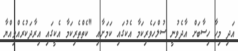
އަދި މިހާ ހިސާބަށް އާދެވުނީ ސުލްހަވެރިކަމާ އެކުގައި ކަމަށާއި "ކެތްތެރިކަމާ އެކީގައި އިރާދަކުރެއްވިއްޔާ